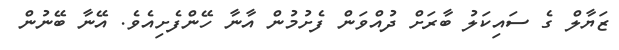
ޒަޔާލް ގެ ސައިކަލު ބާރަށް ދުއްވަން ފެށުމުން އާނާ ހޭންފެށިއެވެ. އޭނާ ބޭނުން